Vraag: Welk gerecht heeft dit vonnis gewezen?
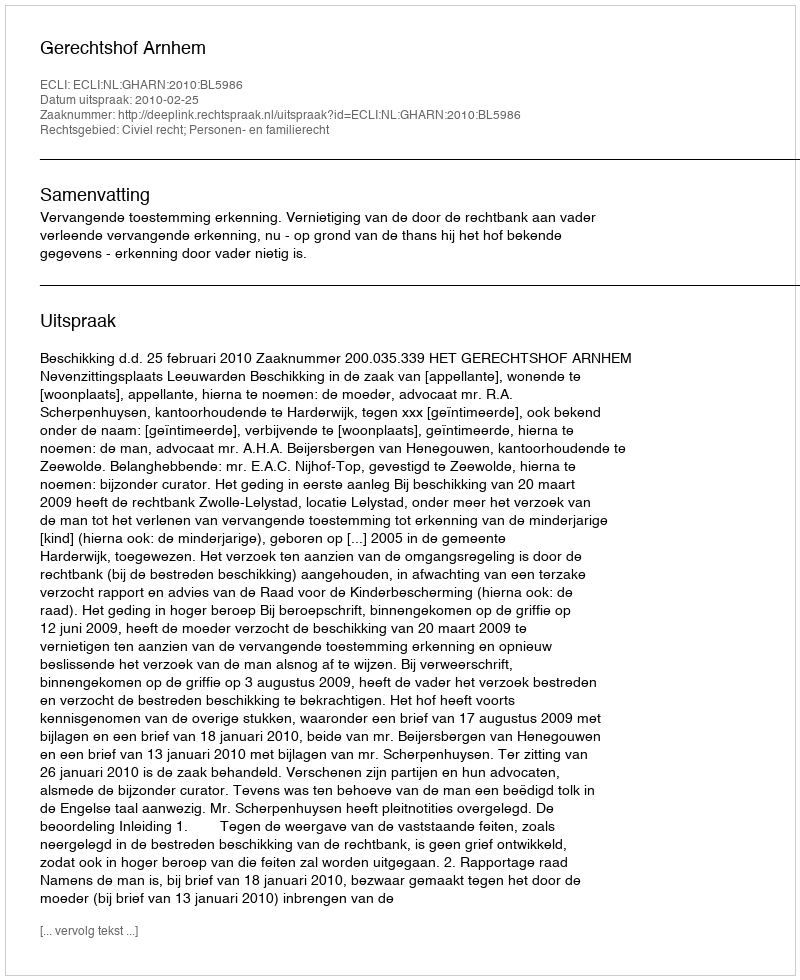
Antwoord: Gerechtshof Arnhem